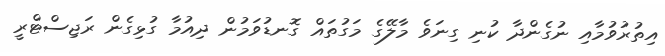
އިތުރުވުމާއި ނުގެންދާ ކުނި ގިނަވެ މާލޭގެ މަގުތައް ގޮނޑުވަމުން ދިއުމާ ގުޅިގެން ރަޖިސްޓްރީ